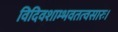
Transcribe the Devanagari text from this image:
विदिवशाम्भवतत्वसारः।